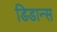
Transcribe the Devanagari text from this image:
डिडान्स